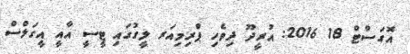
އޮގަސްޓް 18 2016: އުރީދޫ ދިވެހި ޕްރިމިއަރ ލީގުގައި ޓީސީ އާއީ އީގަލްސް